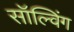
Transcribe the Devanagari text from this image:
सॉल्विंग